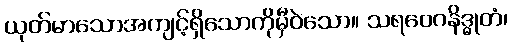
ယုတ်မာသောအကျင့်ရှိသောကိုမှီဝဲသော။ သရဝေဂနိဒ္ဓုတံ၊